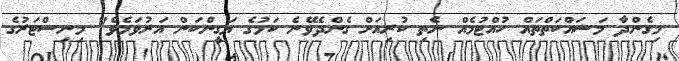
މިގެންދާ މަސައްކަތްތައް ހުއްޓުމެއް ނެތި ކުރިއަށް ގެންދެވޭނެ ކަމުގެ ޔަގީންކަން އަރުވަމެވެ" މިނިސްޓަރުގެ